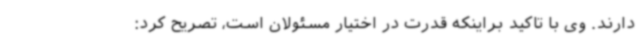
دارند. وی با تاکید براینکه قدرت در اختیار مسئولان است، تصریح کرد: